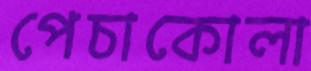
পেচাকোলা